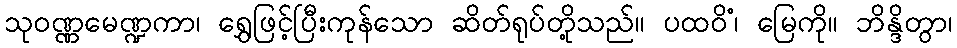
သုဝဏ္ဏမေဏ္ဍကာ၊ ရွှေဖြင့်ပြီးကုန်သော ဆိတ်ရုပ်တို့သည်။ ပထဝိံ၊ မြေကို။ ဘိန္ဒိတွာ၊